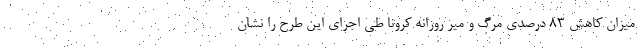
میزان کاهش 83 درصدی مرگ و میر روزانه کرونا طی اجرای این طرح را نشان